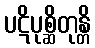
ပဋိပုစ္ဆိတုန္တိ